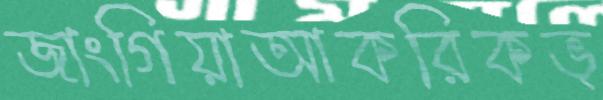
জাংগিয়াআকরিকভ্